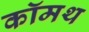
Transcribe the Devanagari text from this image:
कॉमथ